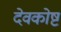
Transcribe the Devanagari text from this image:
देवकोष्ट